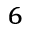
_ 6